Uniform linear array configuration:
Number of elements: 64
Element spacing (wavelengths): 1
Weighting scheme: exponential
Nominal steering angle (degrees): -45
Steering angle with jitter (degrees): -45.898
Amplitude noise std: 0.05
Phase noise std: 0.05

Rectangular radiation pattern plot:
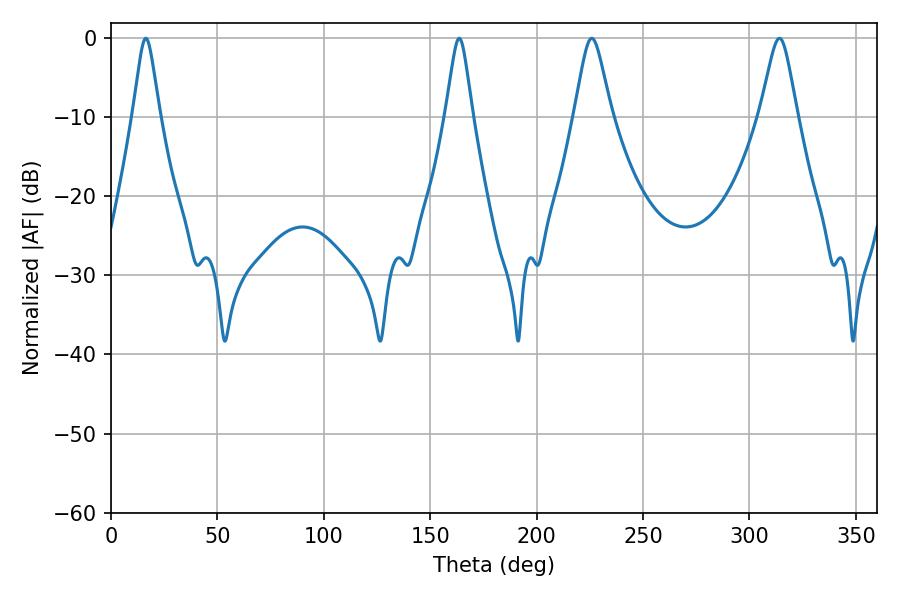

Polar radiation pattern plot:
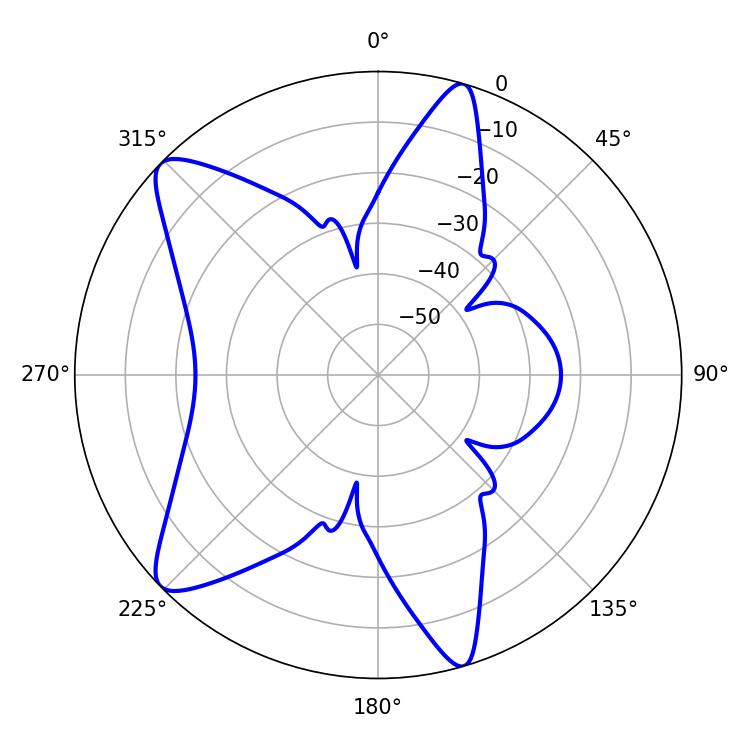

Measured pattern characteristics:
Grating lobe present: TRUE
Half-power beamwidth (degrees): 8.28
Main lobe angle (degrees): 225.9